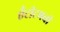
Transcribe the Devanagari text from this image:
ऍंटीटमची